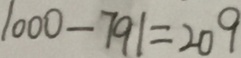
1 0 0 0 - 7 9 1 = 2 0 9